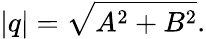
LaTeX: |q|={\sqrt{A^{2}+B^{2}}}.